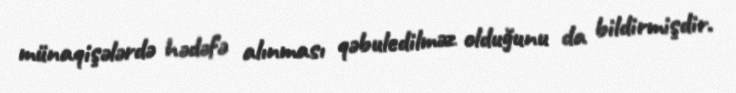
münaqişələrdə hədəfə alınması qəbuledilməz olduğunu da bildirmişdir.